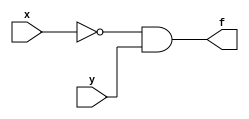
/******************************
* structural description*
******************************/

module and_struct(x, y, f);
	input x, y;
	output f;
	wire a;

	not(a, x);
	and(f, a, y);

endmodule	// and_struct